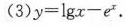
(3) y=lgx-e^x.